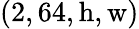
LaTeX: (2,64,\mathrm{h},\mathrm{w})